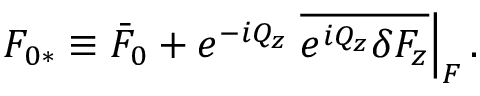
F _ { 0 * } \equiv \bar { F } _ { 0 } + e ^ { - i Q _ { z } } \left. \overline { { e ^ { i Q _ { z } } \delta F _ { z } } } \right| _ { F } .